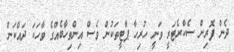
ދެން ފޮރިން ސެކްރެޓަރީ ވަނީ ހުރިހާ ޕާޓީތަކުން ވެސް އިންތިހާބެއްގެ ވާހަކަ ދައްކަން